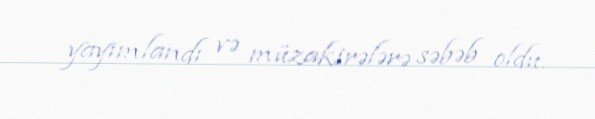
yayımlandı və müzakirələrə səbəb oldu.